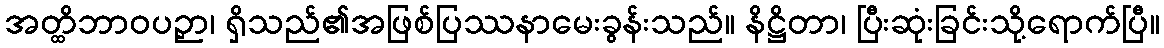
အတ္ထိဘာဝပဉှာ၊ ရှိသည်၏အဖြစ်ပြဿနာမေးခွန်းသည်။ နိဋ္ဌိတာ၊ ပြီးဆုံးခြင်းသို့ရောက်ပြီ။